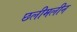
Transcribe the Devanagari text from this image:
छलीमलीन